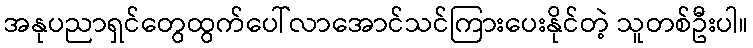
အနုပညာရှင်တွေထွက်ပေါ်လာအောင်သင်ကြားပေးနိုင်တဲ့ သူတစ်ဦးပါ။